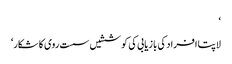
‘
لاپتا افراد کی بازیابی کی کوششیں سست روی کا شکار‘